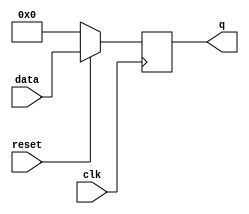
module dff8(data,clk,reset,q);
input [7:0]data;
input clk,reset;
output [7:0]q;
reg [7:0]q;
//initial q=0,reset=1;
always @ (posedge clk)
if (~reset) 
	begin
		q=0;
	end
else 
	begin
		q=data;
	end
endmodule